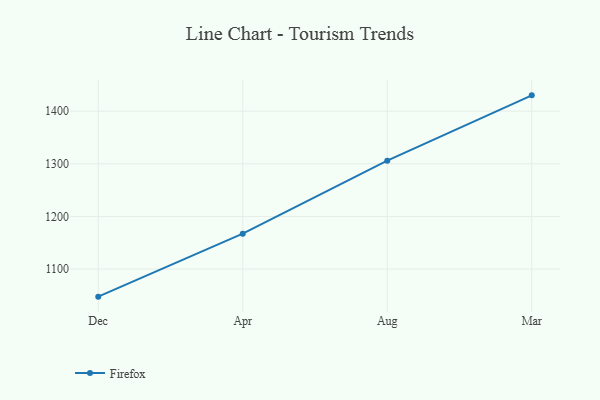
{"axis": {"x": "Month", "y": "Budget (USD K)"}, "legend": ["Firefox"], "data": [{"x": "Dec", "y": 1047.6, "type": "Firefox"}, {"x": "Apr", "y": 1167.2, "type": "Firefox"}, {"x": "Aug", "y": 1306.0, "type": "Firefox"}, {"x": "Mar", "y": 1430.0, "type": "Firefox"}]}